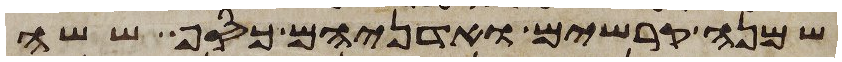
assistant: שמנה קרשים ואדניהם כסף ששה